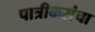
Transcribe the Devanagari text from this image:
पात्रीकरांचा